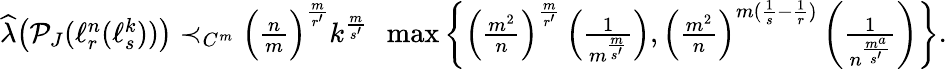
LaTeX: \begin{array}{r}{\widehat{\lambda}\big(\mathcal P_{J}(\ell_{r}^{n}(\ell_{s}^{k}))\big)\prec_{C^{m}}\Big(\frac{n}{m}\Big)^{\frac{m}{r^{\prime}}}k^{\frac{m}{s^{\prime}}}\, \, \, \operatorname*{max}\left\{ \Big(\frac{m^{2}}{n}\Big)^{\frac{m}{r^{\prime}}}\left(\frac{1}{m^{\frac{m}{s^{\prime}}}}\right),\Big(\frac{m^{2}}{n}\Big)^{m(\frac 1{s}-\frac{1}{r})}\left(\frac{1}{n^{\frac{m^{a}}{s^{\prime}}}}\right)\right\} .}\end{array}